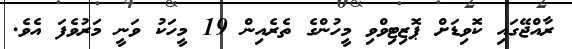
ރާއްޖޭގައި ކޮވިޑަށް ޕޮޒިޓިވްވި މީހުންގެ ތެރެއިން 19 މީހަކު ވަނީ މަރުވެފަ އެވެ.